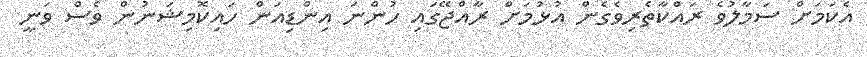
އެކަމަށް ސަމާލުވެ ރައްކާތެރިވެގެން އުޅުމަށް ރާއްޖޭގައި ހުންނަ އިންޑިއަން ހައިކޮމިޝަނުން ވެސް ވަނީ